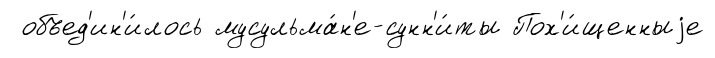
объед'ин'и́лось мусульма́н'е-сунн'и́ты Пох'и́щенныjе